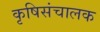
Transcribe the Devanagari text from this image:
कृषिसंचालक